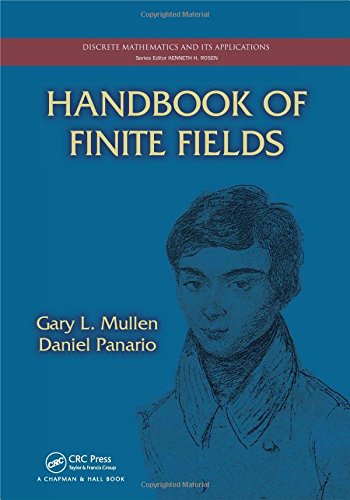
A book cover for Handbook of Finite Fields (Discrete Mathematics and Its Applications); Gary L. Mullen; Computers & Technology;